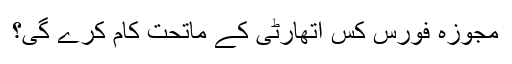
مجوزہ فورس کس اتھارٹی کے ماتحت کام کرے گی؟